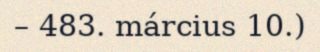
– 483. március 10.)